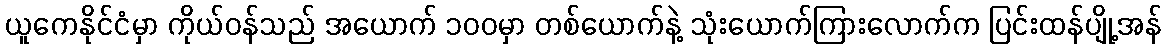
ယူကေနိုင်ငံမှာ ကိုယ်ဝန်သည် အယောက် ၁၀၀မှာ တစ်ယောက်နဲ့ သုံးယောက်ကြားလောက်က ပြင်းထန်ပျို့အန်